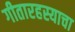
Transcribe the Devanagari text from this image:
गीतारहस्याचा